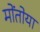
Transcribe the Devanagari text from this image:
मोंतोया